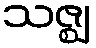
သဇ္ဈ